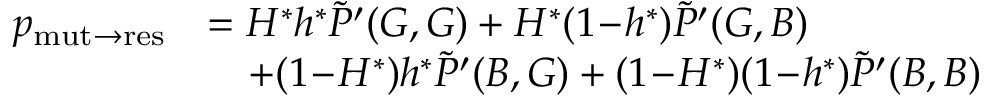
\begin{array} { r l } { p _ { \mathrm { m u t \to r e s } } } & { = H ^ { \ast } h ^ { \ast } \widetilde { P } ^ { \prime } ( G , G ) + H ^ { \ast } ( 1 \! - \! h ^ { \ast } ) \widetilde { P } ^ { \prime } ( G , B ) } \\ & { \quad + ( 1 \! - \! H ^ { \ast } ) h ^ { \ast } \widetilde { P } ^ { \prime } ( B , G ) + ( 1 \! - \! H ^ { \ast } ) ( 1 \! - \! h ^ { \ast } ) \widetilde { P } ^ { \prime } ( B , B ) } \end{array}